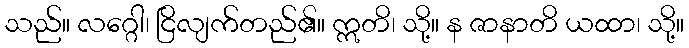
သည်။ လဂ္ဂေါ၊ ငြိလျက်တည်၏။ ဣတိ၊ သို့။ န ဇာနာတိ ယထာ၊ သို့။